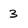
Character: 3